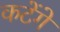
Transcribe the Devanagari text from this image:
कटेंगे